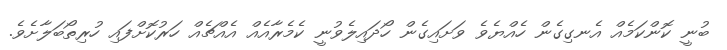
ބުނީ ކޮންކަމެއް އެނގިގެން ހެއްޔެވެ ވަށައިގެން ހޯދައިލެވުނީ ކެމެރާއެއް އެއްޗެއް ހަރުކޮށްފައި ހުރިތޯބަލާށެވެ.